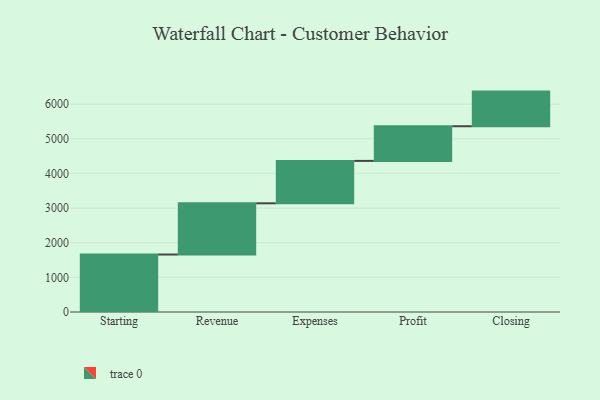
{"axis": {"x": "Step", "y": "Value"}, "legend": [""], "data": [{"x": "Starting", "y": 1659.0, "type": ""}, {"x": "Revenue", "y": 1478.0, "type": ""}, {"x": "Expenses", "y": 1224.0, "type": ""}, {"x": "Profit", "y": 1000, "type": ""}, {"x": "Closing", "y": 1000, "type": ""}]}